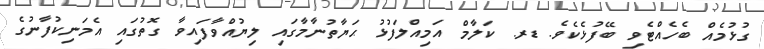
ގުޅުމެއް ބެހެއްޓެވި ބޭފުޅެކެވެ. ޑރ. ކަލާމް އަމިއްލަފުޅު ޙަޔާތުނާމާގައި ލިޔުއްވާފައިވާ ގޮތުގައި އެމަނިކުފާނުގެ